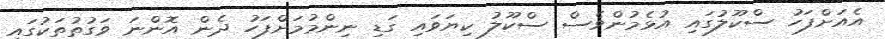
އެއަށްފަހު ސްކޫލުގައި އުޅެމުންވެސް ސްކޫލު ކިޔަވައި ގަޑި ނިންމުމަށްފަހު ދެން އޮންނަ ވަގުތުތަކުގައި